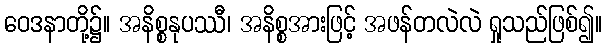
ဝေဒနာတို့၌။ အနိစ္စနုပဿီ၊ အနိစ္စအားဖြင့် အဖန်တလဲလဲ ရှုသည်ဖြစ်၍။